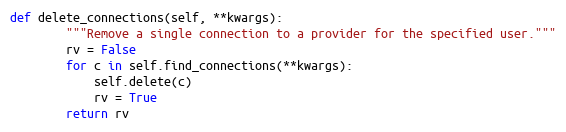
Language: Python
def delete_connections(self, **kwargs):
        """Remove a single connection to a provider for the specified user."""
        rv = False
        for c in self.find_connections(**kwargs):
            self.delete(c)
            rv = True
        return rv